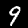
Digit: 9